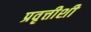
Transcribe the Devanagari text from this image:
प्रवृत्तीशी